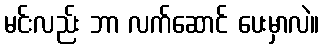
မင်းလည်း ဘာ လက်ဆောင် ပေးမှာလဲ။